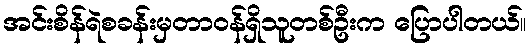
အင်းစိန်ရဲစခန်းမှတာဝန်ရှိသူတစ်ဦးက ပြောပါတယ်။